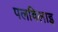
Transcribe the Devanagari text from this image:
पलविलाइ